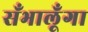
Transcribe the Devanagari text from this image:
सँभालूँगा